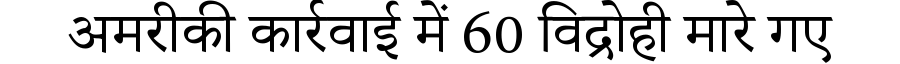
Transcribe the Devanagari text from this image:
अमरीकी कार्रवाई में 60 विद्रोही मारे गए